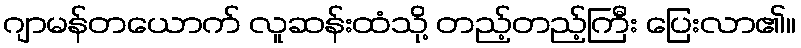
ဂျာမန်တယောက် လူဆန်းထံသို့ တည့်တည့်ကြီး ပြေးလာ၏။